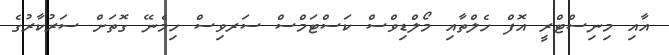
އާއި މިނިސްޓްރީ އޮފް ހެލްތާއި މޯލްޑިވްސް ކަސްޓަމްސް ސަރވިސް ހިމެނޭ ގޮތަށް ސަރުކާރުގެ